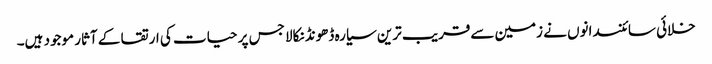
خلائی سائنسدانوں نے زمین سےقریب ترین سیارہ ڈھونڈنکالا جس پر حیات کی ارتقا کے آثار موجود ہیں۔